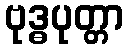
ဗုဒ္ဓပုတ္တာ